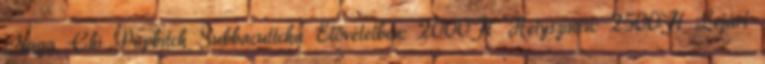
Naga Chi Popbitch Subbacultcha Elővételben: 2000Ft Helyszínen: 2500Ft Lejárt